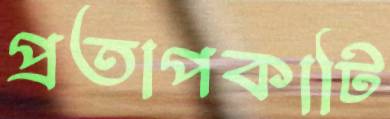
প্রতাপকাটি